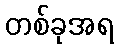
တစ်ခုအရ